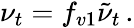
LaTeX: \nu_{t}=f_{v1}\tilde{\nu}_{t}\, .